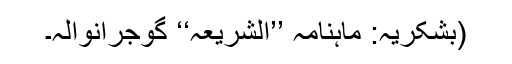
(بشکریہ: ماہنامہ ’’الشریعہ‘‘ گوجرانوالہ۔